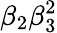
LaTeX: \beta_{2}\beta_{3}^{2}